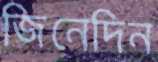
জিনেদিন